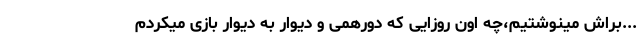
...براش مینوشتیم،چه اون روزایی که دورهمی و دیوار به دیوار بازی میکردم